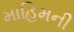
માહિમની